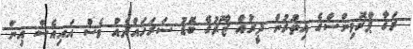
ރަގާ ޕްރޮވިންސްގެ އިތުރުން ދީރުއް ޒޫރުގެ ބޮޑު ސަރަހައްދެއް ވެސް އައިއެސް އިން